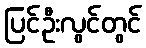
ပြင်ဦးလွင်တွင်